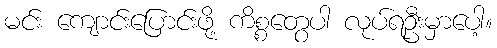
မင်း ကျောင်းပြောင်းဖို့ ကိစ္စတွေပါ လုပ်ရဦးမှာပေါ့။